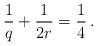
LaTeX: \begin{align*} \frac{1}{q}+\frac{1}{2r}=\frac14\, .\end{align*}